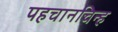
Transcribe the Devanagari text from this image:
पहचानचिन्ह